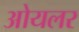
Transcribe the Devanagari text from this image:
ओयलर